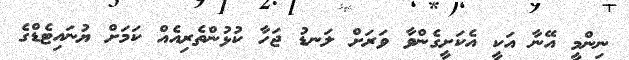
ނިންމީ އޭނާ އަކީ އެކަށީގެންވާ ވަރަށް ލަނޑު ޖަހާ ކުޅުންތެރިއެއް ކަމަށް ޔުނައިޓެޑްގެ